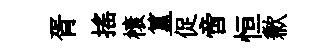
胥揺榱簋促啻恒歉